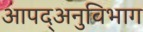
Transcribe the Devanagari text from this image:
आपद्अनुविभाग